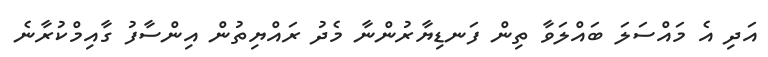
އަދި އެ މައްސަލަ ބައްލަވާ ތިން ފަނޑިޔާރުންނާ މެދު ރައްޔިތުން އިންސާފު ގާއިމްކުރާނެ